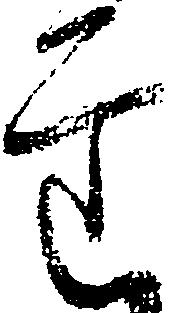
意